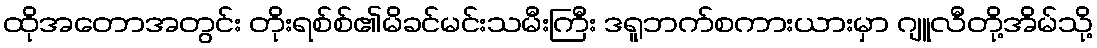
ထိုအတောအတွင်း တိုးရစ်စ်၏မိခင်မင်းသမီးကြီး ဒရူဘက်စကားယားမှာ ဂျူလီတို့အိမ်သို့